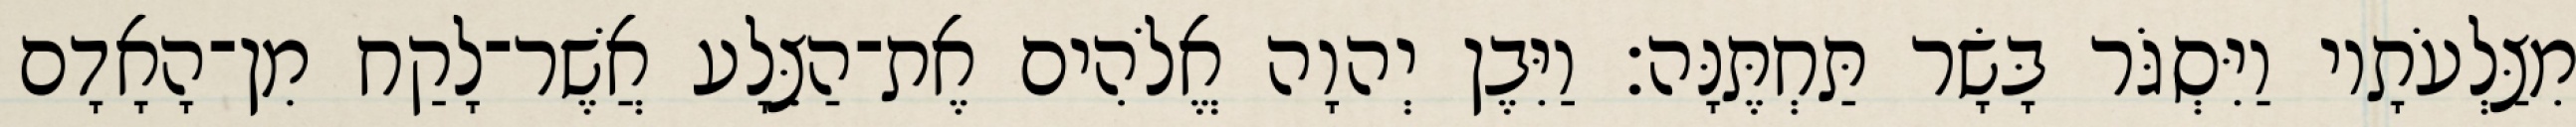
מִצַּלְעֹתָיו וַיִּסְגֹּר בָּשָׂר תַּחְתֶּנָּה׃ וַיִּבֶן יְהוָה אֱלֹהִים אֶת־הַצֵּלָע אֲשֶׁר־לָקַח מִן־הָאָדָם